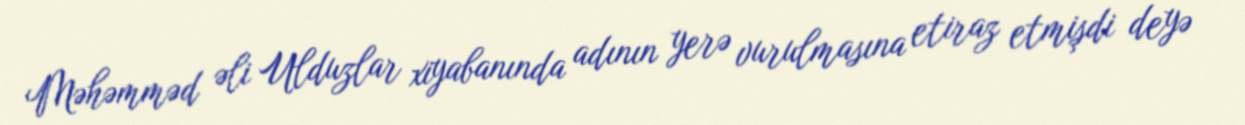
Məhəmməd əli Ulduzlar xiyabanında adının yerə vurulmasına etiraz etmişdi deyə